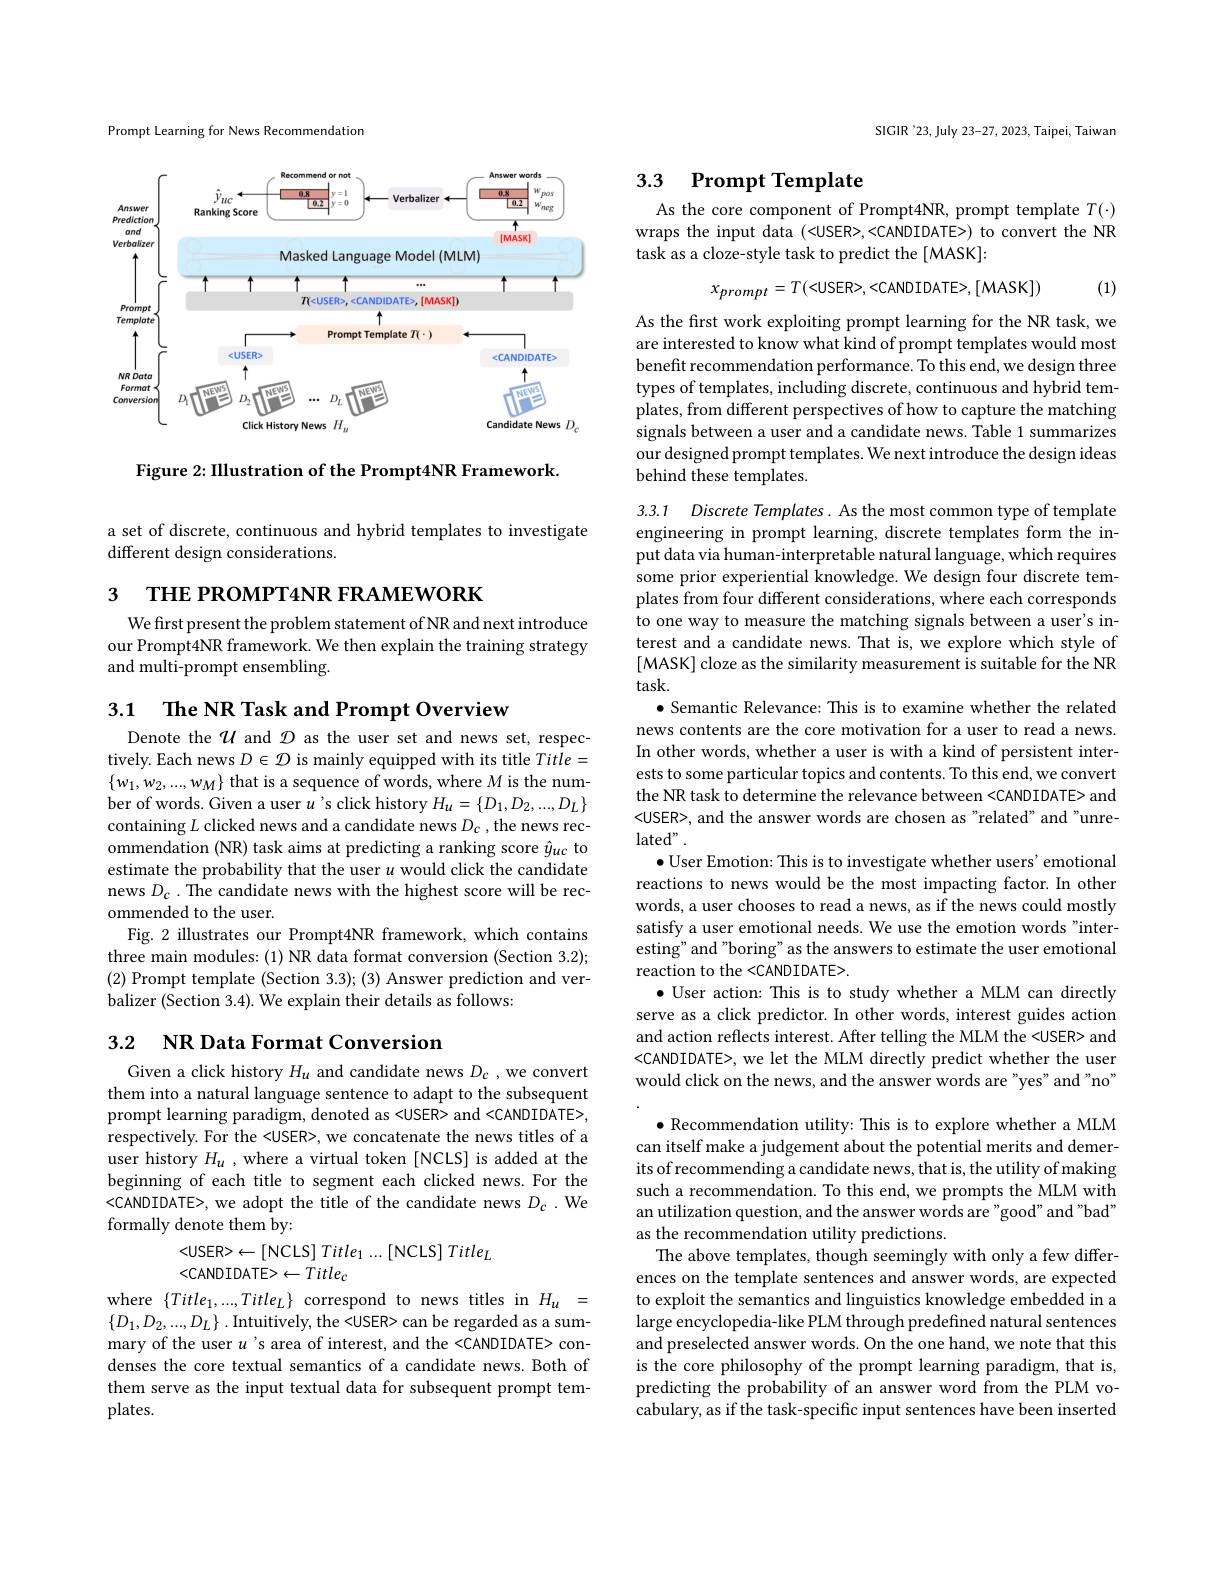
Prompt Learning for News Recommendation

<FigureHere>

Figure 2: IIlustration of the Prompt4NR Framework.

a set of discrete, continuous and hybrid templates to investigate
different design considerations.

3

THE PROMPT4NR FRAMEWORK

We first present the problem statement of NR and next introduce $\hat{\text{our Prompt4NR framework. We then explain the training strategy}}$ and multi-prompt ensembling.

3.1 The NR Task and Prompt Overview

Denote the $\mathcal{U}$ and $\mathcal{D}$ as the user set and news set, respectively. Each news $D\in\mathcal{D}$ is mainly equipped with its title Title= $\{w_{1},w_{2},...,w_{M}\}$ that is a sequence of words, where $M$ is the number of words. Given a user $u$'s click history $H_u=\{D_1,D_2,...,D_L\}$ containing $L$ clicked news and a candidate news $D_{\mathrm{c}}$ , the news recommendation (NR) task aims at predicting a ranking score $\hat{y}_{uc}$ to estimate the probability that the user $u$ would click the candidate news $D_{c}.$ The candidate news with the highest score will be recommended to the user.
Fig. 2 illustrates our Prompt4NR framework, which contains three main modules: (1) NR data format conversion (Section 3.2); (2) Prompt template (Section 3.3);(3) Answer prediction and verbalizer (Section 3.4). We explain their details as follows:

## 3.2 $\mathbf{NR}$ Data Format Conversion

Given a click history $H_u$ and candidate news $D_c$ ,we convert them into a natural language sentence to adapt to the subsequent prompt learning paradigm, denoted as <USER> and <CANDIDATE>, respectively. For the <USER>, we concatenate the news titles of a user history $H_u$ , where a virtual token [NCLS] is added at the beginning of each title to segment each clicked news. For the <CANDIDATE>, we adopt the title of the candidate news $D_{c}$ .We formally denote them by:
$$<USER>\leftarrow[NCLS]Title_1...[NCLS]Title_L$$
<CANDIDATE>$\leftarrow Title_c$

where $\{Title_{1},...,Title_{L}\}$ correspond to news titles in $H_u=$ $\{D_{1},D_{2},...,D_{L}\}.$ Intuitively, the <USER> can be regarded as a summary of the user $u$ 's area of interest, and the <CANDIDATE> condenses the core textual semantics of a candidate news. Both of them serve as the input textual data for subsequent prompt templates.

SIGIR '23, July 23-27, 2023, Taipei, Taiwan

## 3.3 Prompt Template

As the core component of Prompt4NR, prompt template $T(\cdot)$ wraps the input data (<USER>,<CANDIDATE>) to convert the NR task as a cloze-style task to predict the[MASK]:
$$x_{prompt}=T(<USER>,<CANDIDATE>,[MASK])$$
(1)

As the first work exploiting prompt learning for the NR task, we are interested to know what kind of prompt templates would most benefit recommendation performance. To this end, we design three types of templates, including discrete, continuous and hybrid templates, from different perspectives of how to capture the matching signals between a user and a candidate news. Table 1 summarizes our designed prompt templates. We next introduce the design ideas behind these templates.

3.3.1 Discrete Templates. As the most common type of template engineering in prompt learning, discrete templates form the input data via human- interpretable natural language, which requires some prior experiential knowledge. We design four discrete templates from four different considerations, where each corresponds to one way to measure the matching signals between a user's interest and a candidate news. That is, we explore which style of [MASK] cloze as the similarity measurement is suitable for the NR $task.$
$\bullet$ Semantic Relevance: This is to examine whether the related news contents are the core motivation for a user to read a news. In other words, whether a user is with a kind of persistent interests to some particular topics and contents. To this end, we convert the NR task to determine the relevance between <CANDIDATE> and <USER>, and the answer words are chosen as"related" and"unre- $lated”.$
$\bullet$ User Emotion: This is to investigate whether users' emotional reactions to news would be the most impacting factor. In other words, a user chooses to read a news, as if the news could mostly satisfy a user emotional needs. We use the emotion words "interesting" and "boring" as the answers to estimate the user emotional reaction to the <CANDIDATE>
$\bullet$ User action: This is to study whether a MLM can directly serve as a click predictor. In other words, interest guides action and action reflects interest. After telling the MLM the <USER> and <CANDIDATE>, we let the MLM directly predict whether the user would click on the news, and the answer words are"yes" and "no" $\bullet$ Recommendation utility: This is to explore whether a MLM
can itself make a judgement about the potential merits and demerits of recommending a candidate news, that is, the utility of making such a recommendation. To this end, we prompts the MLM with an utilization question, and the answer words are "good" and "bad" as the recommendation utility predictions.
The above templates, though seemingly with only a few differences on the template sentences and answer words, are expected to exploit the semantics and linguistics knowledge embedded in a large encyclopedia-like PLM through predefined natural sentences and preselected answer words. On the one hand, we note that this is the core philosophy of the prompt learning paradigm, that is, predicting the probability of an answer word from the PLM vocabulary, as if the task-specific input sentences have been inserted